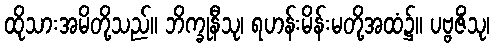
ထိုသားအမိတို့သည်။ ဘိက္ခုနီသု၊ ရဟန်းမိန်းမတို့အထံ၌။ ပဗ္ဗဇိံသု၊